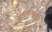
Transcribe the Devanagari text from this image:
अधिकरणमाला